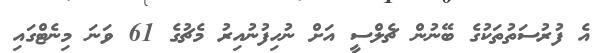
އެ ފުރުސަތުތަކުގެ ބޭނުން ޗެލްސީ އަށް ނުހިފުނުއިރު މެޗުގެ 61 ވަނަ މިނެޓްގައި